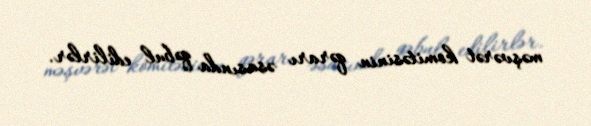
məşvərət komitəsinin qərarı əsasında qəbul edilirlər.